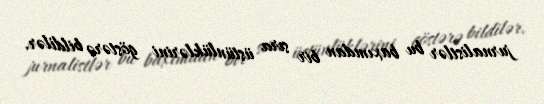
jurnalistlər bu baxımdan bir sıra üstünlüklərini göstərə bildilər.